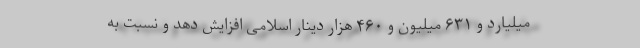
میلیارد و ۶۳۱ میلیون و ۴۶۰ هزار دینار اسلامی افزایش دهد و نسبت به